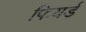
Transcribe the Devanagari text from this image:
फियर्ड